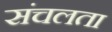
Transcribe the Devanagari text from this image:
संचलता